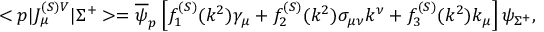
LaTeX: < p | J _ { \mu } ^ { ( S ) V } | \Sigma ^ { + } > = \overline { { \psi } } _ { p } \left[ f _ { 1 } ^ { ( S ) } ( k ^ { 2 } ) \gamma _ { \mu } + f _ { 2 } ^ { ( S ) } ( k ^ { 2 } ) \sigma _ { \mu \nu } k ^ { \nu } + f _ { 3 } ^ { ( S ) } ( k ^ { 2 } ) k _ { \mu } \right] \psi _ { \Sigma ^ { + } } ,